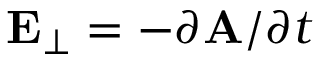
\mathbf { E _ { \perp } } = - \partial \mathbf { A } / \partial t